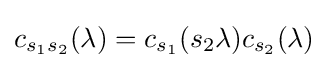
c_{s_{1}s_{2}}(\lambda )=c_{s_{1}}(s_{2}\lambda )c_{s_{2}}(\lambda )